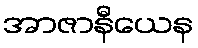
အာဇာနီယေန